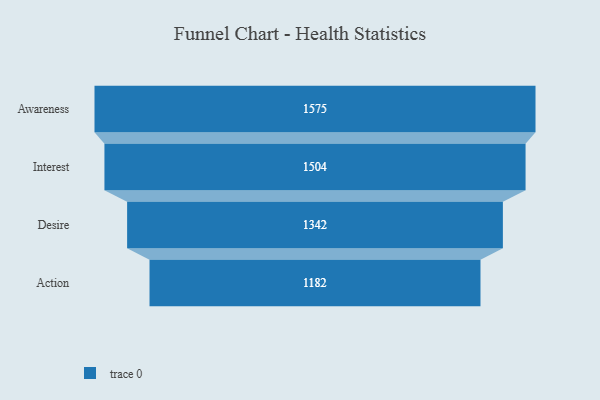
{"axis": {"x": "Stage", "y": "Value"}, "legend": [""], "data": [{"x": "Awareness", "y": 1575.0, "type": ""}, {"x": "Interest", "y": 1504.0, "type": ""}, {"x": "Desire", "y": 1342.0, "type": ""}, {"x": "Action", "y": 1182.0, "type": ""}]}